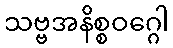
သဗ္ဗအနိစ္စဝဂ္ဂေါ